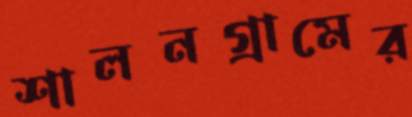
শালনগ্রামের